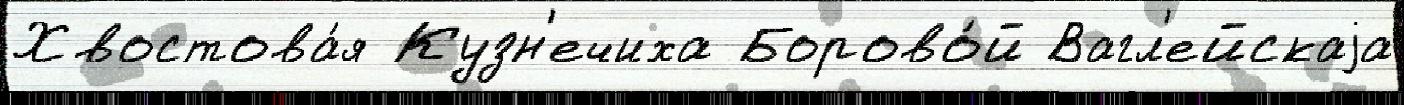
Хвостова́я Кузн'ечиха Борово́й Вагл'ейскаjа